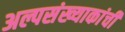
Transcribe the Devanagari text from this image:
अल्पसंख्याकांची